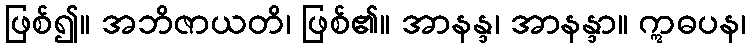
ဖြစ်၍။ အဘိဇာယတိ၊ ဖြစ်၏။ အာနန္ဒ၊ အာနန္ဒာ။ ဣဓပန၊